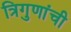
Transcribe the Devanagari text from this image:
त्रिगुणांची